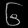
Digit: ၆